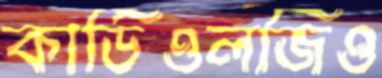
কার্ডিওলজিও